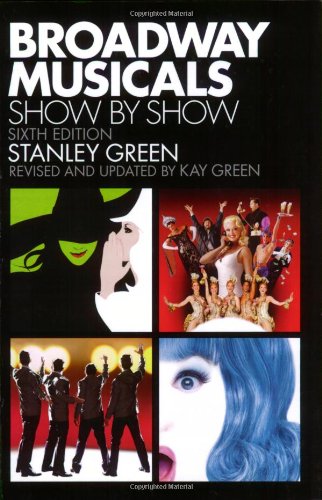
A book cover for Broadway Musicals Show by Show: Sixth Edition; Stanley Green; Humor & Entertainment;